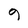
Character: 9